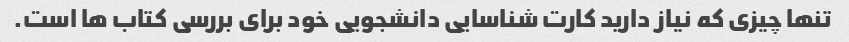
تنها چیزی که نیاز دارید کارت شناسایی دانشجویی خود برای بررسی کتاب ها است.